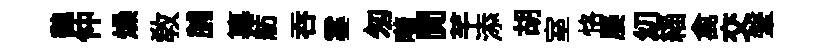
魏仲燥教脯纂舫呑霎匆喈閴芊添胡室恪屡㓜緇禽交鞶